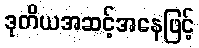
ဒုတိယအဆင့်အနေဖြင့်